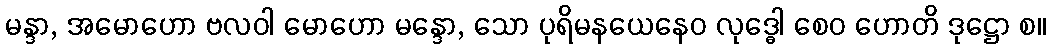
မန္ဒာ, အမောဟော ဗလဝါ မောဟော မန္ဒော, သော ပုရိမနယေနေဝ လုဒ္ဓေါ စေဝ ဟောတိ ဒုဋ္ဌော စ။